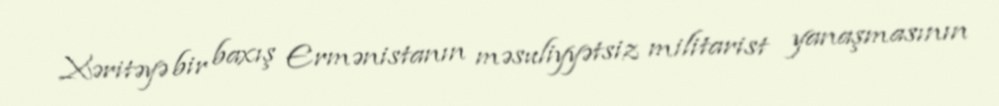
Xəritəyə bir baxış Ermənistanın məsuliyyətsiz militarist yanaşmasının